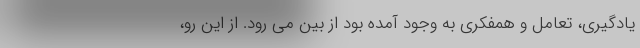
یادگیری، تعامل و همفکری به وجود آمده بود از بین می رود. از این رو،